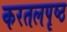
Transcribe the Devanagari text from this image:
करतलपृष्ठ